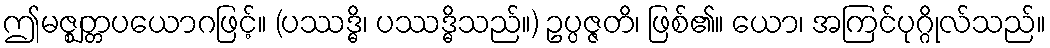
ဤမဇ္ဈတ္တပယောဂဖြင့်။ (ပဿဒ္ဓိ၊ ပဿဒ္ဓိသည်။) ဥပ္ပဇ္ဇတိ၊ ဖြစ်၏။ ယော၊ အကြင်ပုဂ္ဂိုလ်သည်။